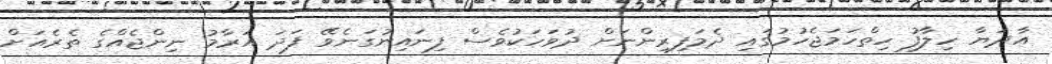
އާދަޔާ ހިލާފު ހިތްހަމަޖެހުމުގައި ދެމަފިރިންނަށް ދުވަހަކުވެސް ފިނައިނުގަނެވޭ ފަދަ އަރާމު ނިންޖެއްގެ ތެރެއަށް